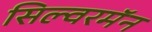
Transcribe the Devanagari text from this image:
सिल्वरमॅन